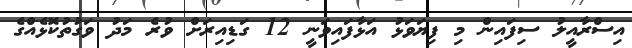
އިސްރާއީލު ސިފައިން މި ފިޔަވަޅު އަޅާފައިވަނީ 12 ގަޑިއިރަށް ވުރެ މަދު ވަގުތުކޮޅެއްގެ